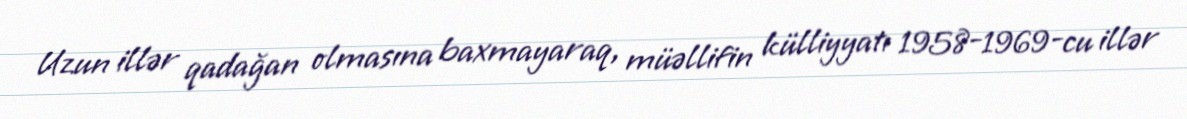
Uzun illər qadağan olmasına baxmayaraq, müəllifin külliyyatı 1958-1969-cu illər